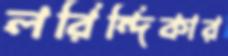
লরিন্দিকার